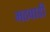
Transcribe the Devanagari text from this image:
मठवाडी